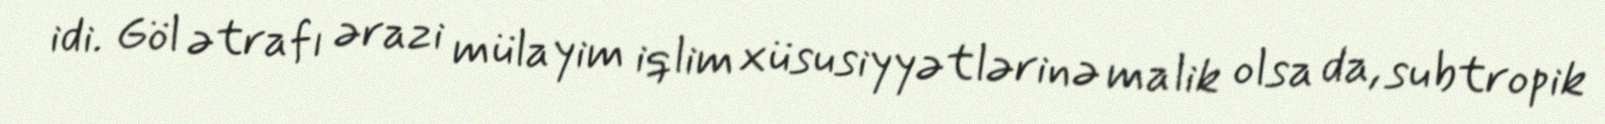
idi. Göl ətrafı ərazi mülayim iqlim xüsusiyyətlərinə malik olsa da, subtropik